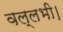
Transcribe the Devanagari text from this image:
वल्लभी।